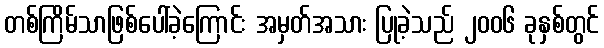
တစ်ကြိမ်သာဖြစ်ပေါ်ခဲ့ကြောင်း အမှတ်အသား ပြုခဲ့သည် ၂၀၀၆ ခုနှစ်တွင်